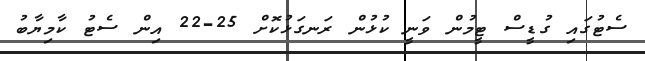
ސެޓުގައި ގުޑީސް ޓީމުން ވަނީ ކުޅުން ރަނގަޅުކޮށް 25-22 އިން ސެޓު ކާމިޔާބު